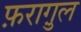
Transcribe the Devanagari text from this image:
फ़रागु़ल